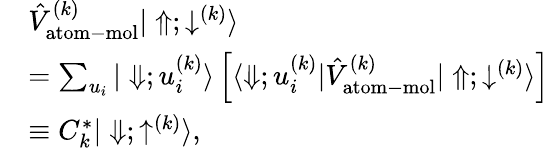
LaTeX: \begin{array}{rl}&{\hat{V}_{\mathrm{atom-mol}}^{(k)}|\Uparrow;\downarrow^{(k)}\rangle}\\ &{=\sum_{u_{i}}|\Downarrow;u_{i}^{(k)}\rangle\left[\langle\Downarrow;u_{i}^{(k)}|\hat{V}_{\mathrm{atom-mol}}^{(k)}|\Uparrow;\downarrow^{(k)}\rangle\right]}\\ &{\equiv C_{k}^{*}|\Downarrow;\uparrow^{(k)}\rangle,}\end{array}